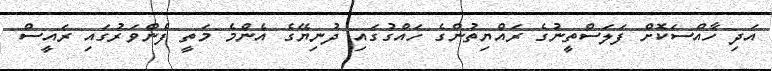
އަދި ހާއްސަކޮށް ފަލަސްތީނުގެ ރައްޔިތުންގެ ހައްގުގައި ދުނިޔޭގެ އެންމެ މަތީ ފެންވަރުގައި ރައީސް